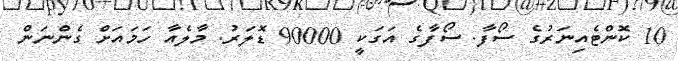
10 ކޮންޓެއިނަރުގެ ސޯފާ. ސޯފާގެ އަގަކީ 90000 ޑޮލަރު. މާލެއާ ހަމައަށް ގެންނަން